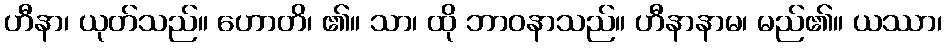
ဟီနာ၊ ယုတ်သည်။ ဟောတိ၊ ၏။ သာ၊ ထို ဘာဝနာသည်။ ဟီနာနာမ၊ မည်၏။ ယဿာ၊